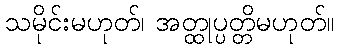
သမိုင်းမဟုတ်၊ အတ္ထုပ္ပတ္တိမဟုတ်။